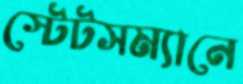
স্টেটসম্যানে